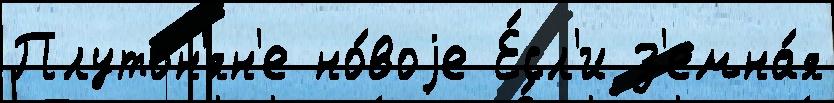
Плутон'ян'е но́воjе Е́сл'и з'емна́я